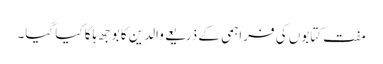
مفت کتابوں کی فراہمی کے ذریعے والدین کا بوجھ ہلکا کیا گیا۔